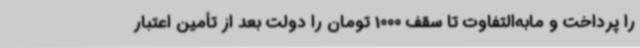
را پرداخت و مابه‌التفاوت تا سقف 1000 تومان را دولت بعد از تأمین اعتبار